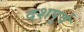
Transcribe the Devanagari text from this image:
दशपूर्व